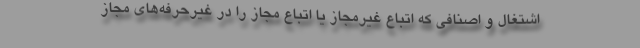
اشتغال و اصنافی که اتباع غیرمجاز یا اتباع مجاز را در غیرحرفه‌های مجاز